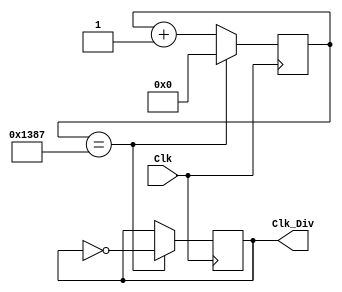
module Clock_Divide_SSD(
    input Clk,
    output reg Clk_Div);
    
    integer count = 0;
    always@(posedge Clk)
    begin
        if(count == 4999) //to generate 10KHz for refresh counter
            count <= 1'b0;
        else
            count <= count + 1'b1;
    end
    
    always@(posedge Clk)
    begin
        if(count == 4999)
            Clk_Div <= ~Clk_Div;
        else
            Clk_Div <= Clk_Div;
    end
endmodule